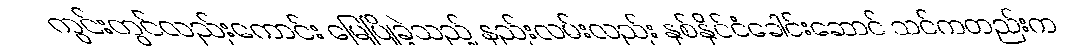
ကွင်းတွင်လည်းကောင်း မြေပြိုခဲ့သည့် နည်းလမ်းလည်း နှစ်နိုင်ငံခေါင်းဆောင် သင်ကတည်းက